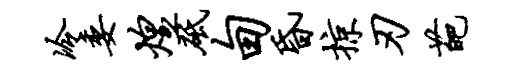
冷委煌砥甸昏掠刃葩